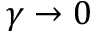
\gamma \to 0